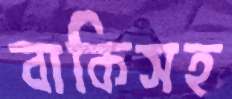
বাকিসহ